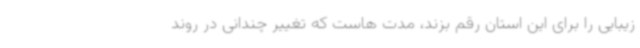
زیبایی را برای این استان رقم بزند، مدت هاست که تغییر چندانی در روند